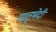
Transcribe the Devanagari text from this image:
मातृभेदी